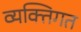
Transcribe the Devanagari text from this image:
व्यक्‍तिगत